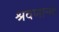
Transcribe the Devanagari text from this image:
श्रवणानंद